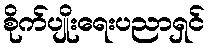
စိုက်ပျိုးရေးပညာရှင်